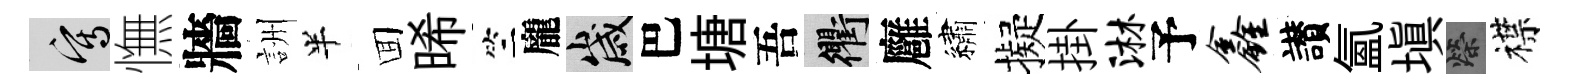
寫憮牆詶半囬晞竺龐歲巴塘吾衢廱繡擬掛淋予鑫讃氳填榮襟